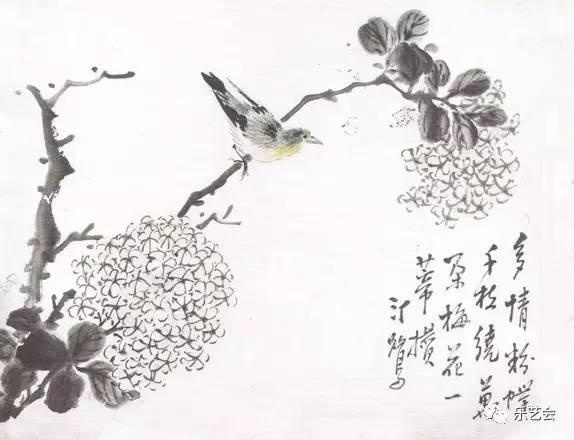
数树梨花，晚风吹堕半汀鹭。